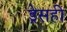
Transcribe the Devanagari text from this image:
ड्रेसही